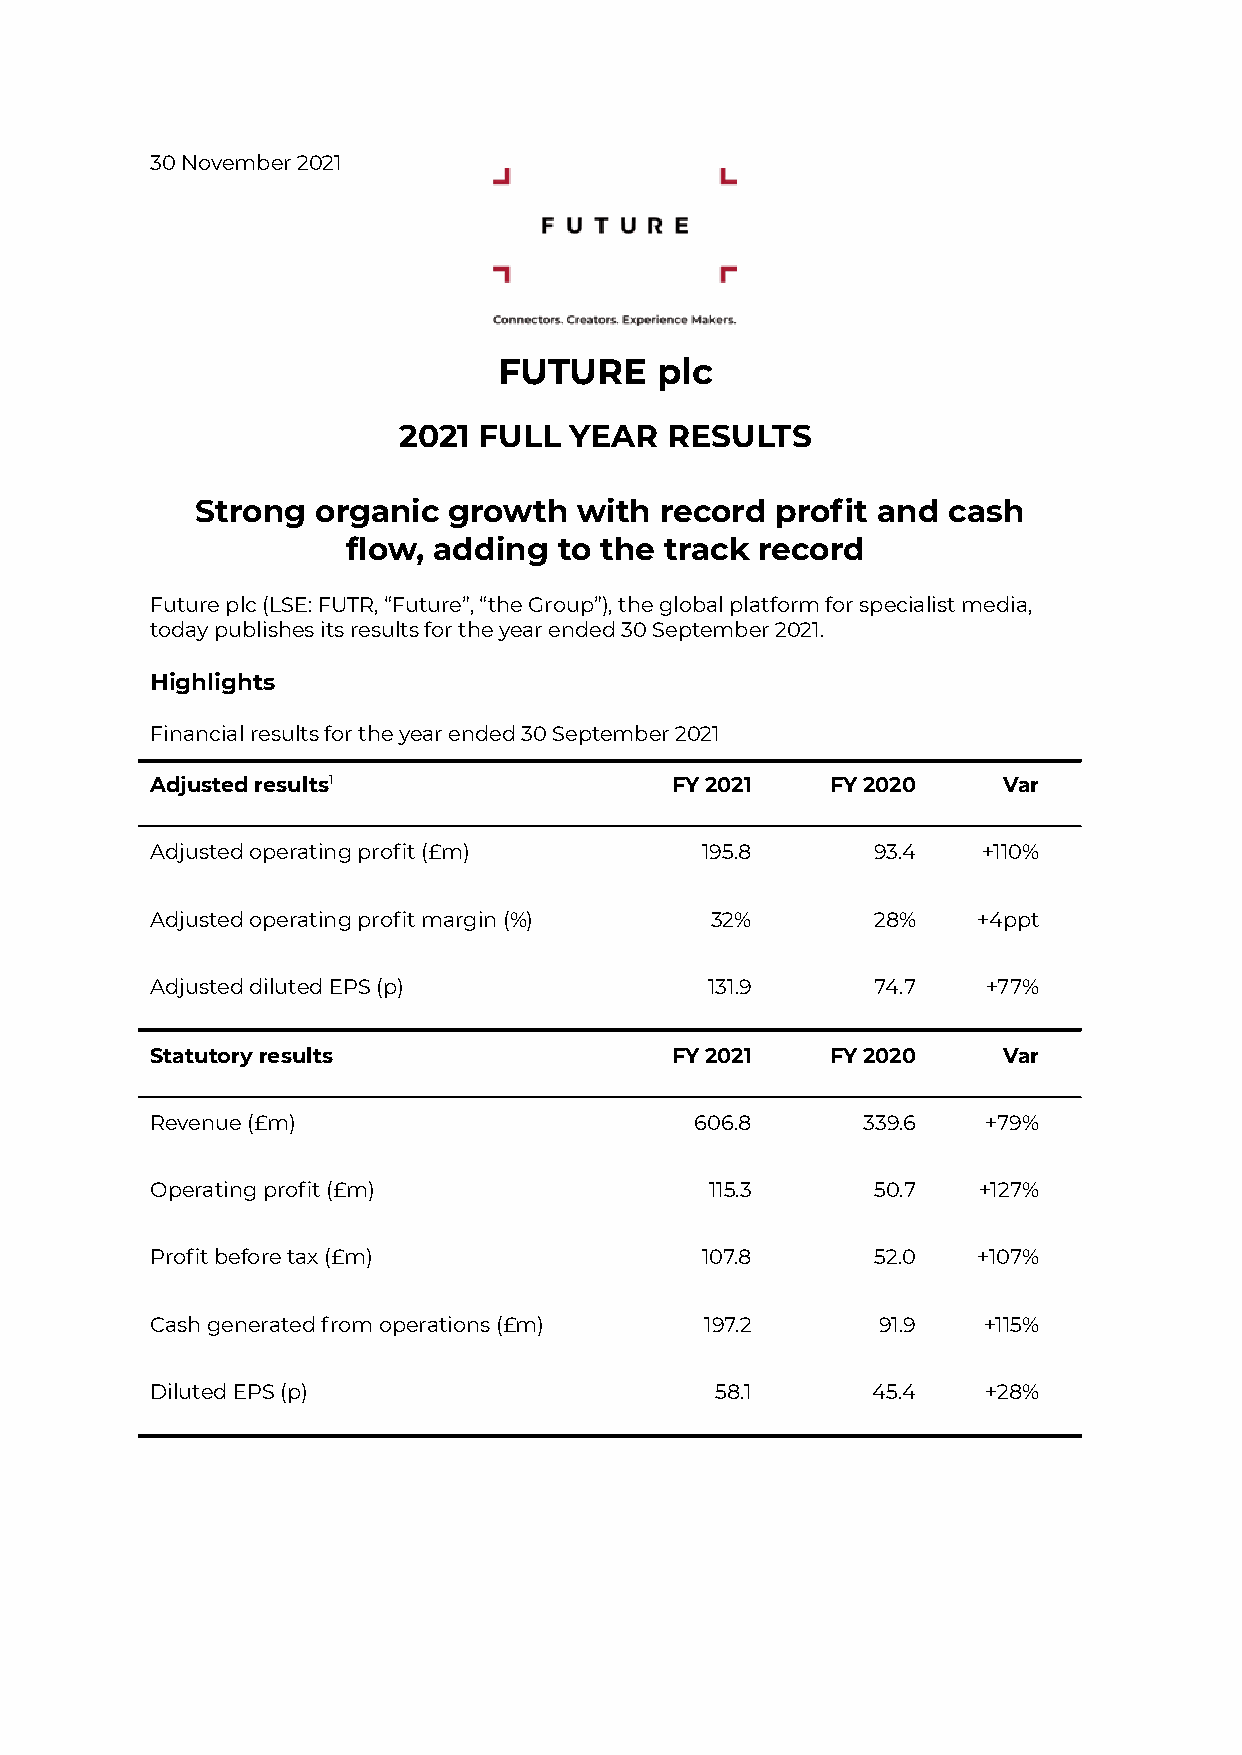
30 November 2021
 FUTURE    plc
 2021  FULL  YEAR  RESULTS
 Strong  organic  growth  with  record profit and  cash
 flow, adding  to the track record
 Future plc (LSE: FUTR, “Future”, “the Group”), the global platform for specialist media,
 today publishes its results for the year ended 30 September 2021.
 Highlights
 Financial results for the year ended 30 September 2021
 Adjusted results1                 FY 2021    FY 2020    Var
 Adjusted operating profit (£m)      195.8       93.4   +110%
 Adjusted operating profit margin (%) 32%        28%    +4ppt
 Adjusted diluted EPS (p)             131.9      74.7   +77%
 Statutory results                 FY 2021    FY 2020    Var
 Revenue (£m)                        606.8      339.6   +79%
 Operating profit (£m)                115.3      50.7   +127%
 Profit before tax (£m)              107.8       52.0   +107%
 Cash generated from operations (£m)  197.2      91.9   +115%
 Diluted EPS (p)                      58.1       45.4   +28%